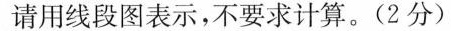
请用线段图表示，不要求计算。(2分)